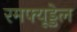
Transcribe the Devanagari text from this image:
रमफ्यूड्डेल